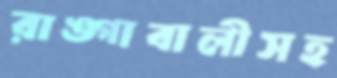
রাঙ্গাবালীসহ